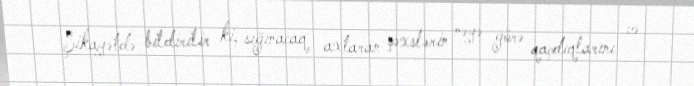
Şikayətdə bildirilir ki, sığınacaq axtaran şəxslərin nəyə görə qaçdıqlarını və